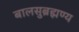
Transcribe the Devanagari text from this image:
बालसुब्रह्मण्य